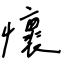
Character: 懷